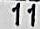
11